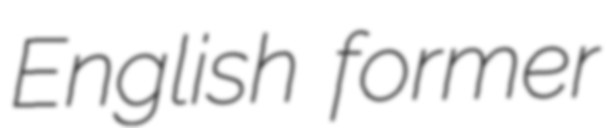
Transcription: English former